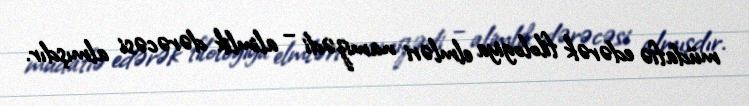
müdafiə edərək filologiya elmləri namizədi – alimlik dərəcəsi almışdır.